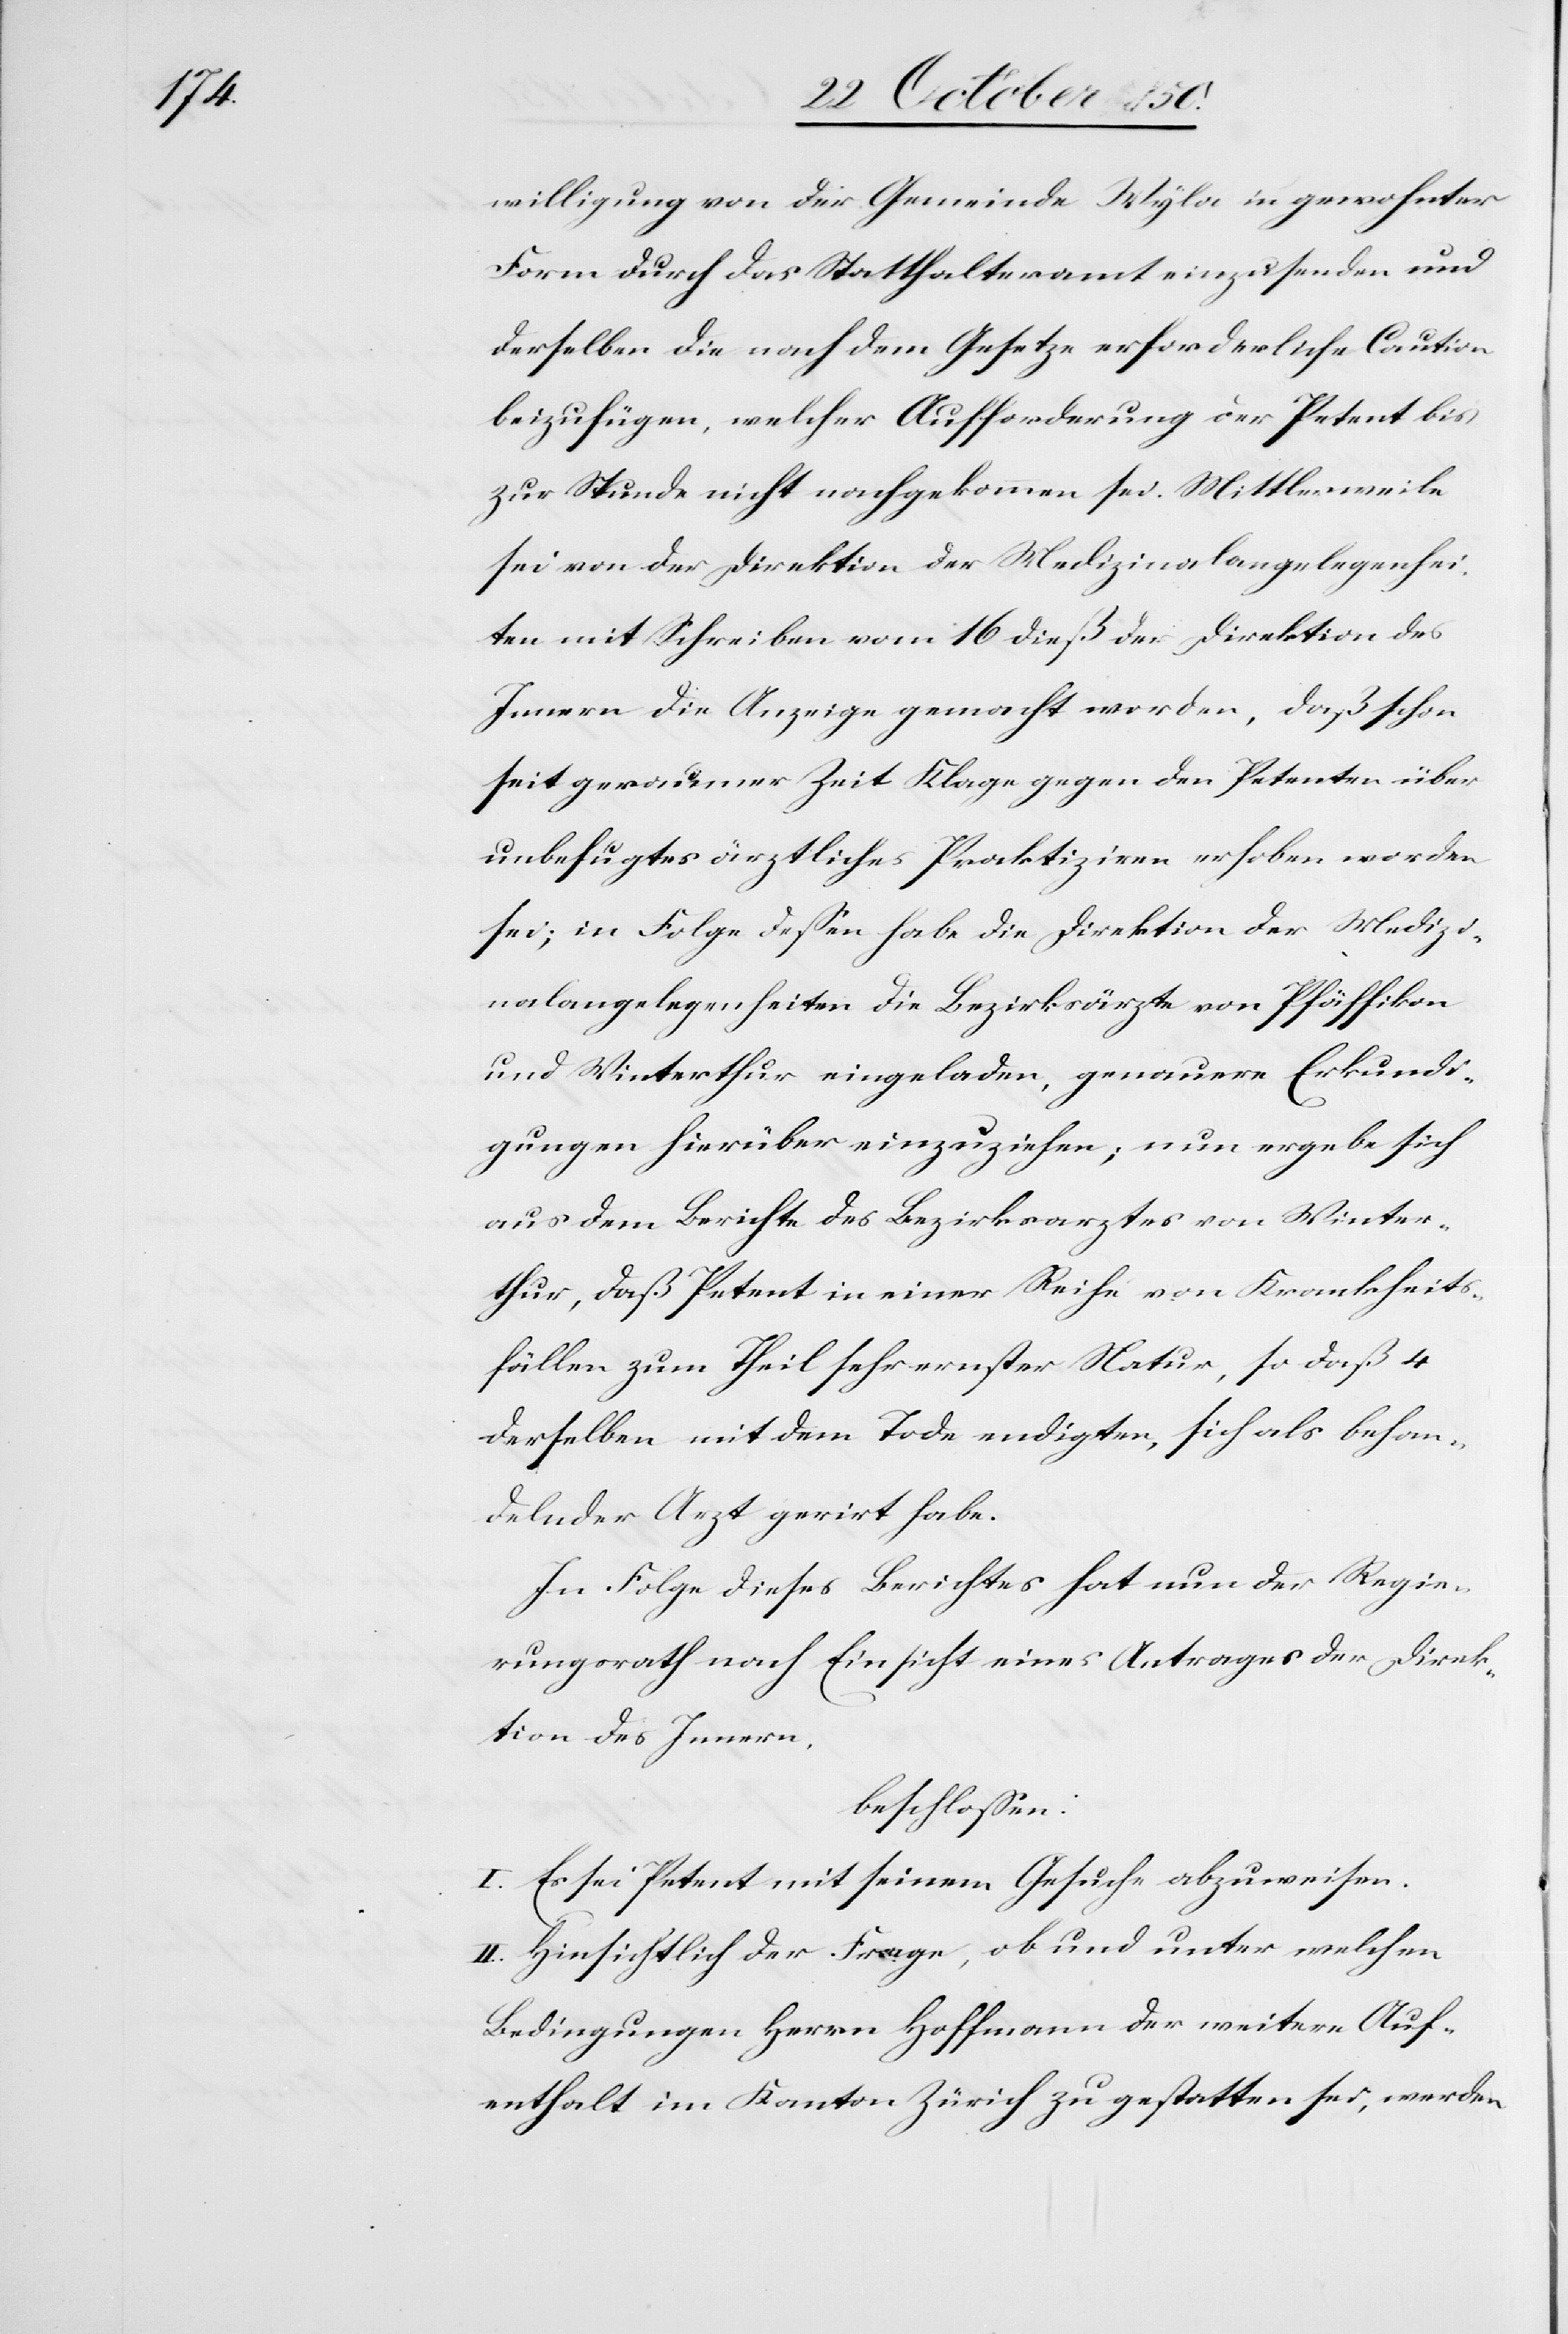
willigung von der Gemeinde Wyla in gewohnter
Form durch das Statthalteramt einzusenden und
derselben die nach dem Gesetze erforderliche Caution
beizufügen, welcher Aufforderung der Petent bis
zur Stunde nicht nachgekommen sei. Mittlerweile
sei von der Direktion der Medizinalangelegenhei¬
ten mit Schreiben vom 16 dieß der Direktion des
Innern die Anzeige gemacht worden, daß schon
seit geraumer Zeit Klage gegen den Petenten über
unbefugtes ärztliches Praktiziren erhoben worden
sei; in Folge dessen habe die Direktion der Medizi¬
nalangelegenheiten die Bezirksärzte von Pfäffikon
und Winterthur eingeladen, genauere Erkundi¬
gungen hierüber einzuziehen; nun ergebe sich
aus dem Berichte des Bezirksarztes von Winter¬
thur, daß Petent in einer Reihe von Krankheits¬
fällen zum Theil sehr ernster Natur, so daß 4
derselben mit dem Tode endigten, sich als behan¬
delnder Arzt geirrt habe.
In Folge dieses Berichtes hat nun der Regie¬
rungsrath nach Einsicht eines Antrages der Direk¬
tion des Innern,
beschlossen:
I. Es sei Petent mit seinem Gesuche abzuweisen.
II. Hinsichtlich der Frage, ob und unter welchen
Bedingungen Herrn Hoffmann der weitere Auf¬
enthalt im Kanton Zürich zu gestatten sei, werden